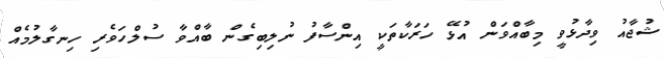
ޝުޖާއު ވިދާޅުވީ މިބާއްވަން އުޅޭ ހަރަކާތަކީ އިންސާފު ނުލިބިގެން ބާއްވާ ސުލްހަވެރި ހިނގާލުމެއް